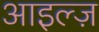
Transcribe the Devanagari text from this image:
आइल्ज़